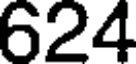
624